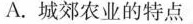
A.城郊农业的特点